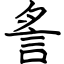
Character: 䚻